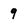
Character: 9